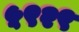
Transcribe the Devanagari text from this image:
५९२९